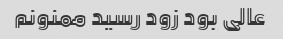
عالی بود زود رسید ممنونم